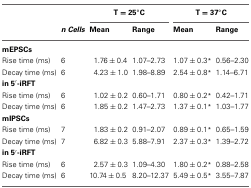
<table><thead><tr><td></td><td></td><td colspan="2"><b>T = 25°C</b></td><td colspan="2"><b>T = 37°C</b></td></tr><tr><td></td><td><b><i>n Cells</i></b></td><td><b>Mean</b></td><td><b>Range</b></td><td><b>Mean</b></td><td><b>Range</b></td></tr></thead><tbody><tr><td><b>mEPSCs</b></td><td></td><td></td><td></td><td></td><td></td></tr><tr><td>Rise time (ms)</td><td>6</td><td>1.76 ± 0.4</td><td>1.07–2.73</td><td>1.07 ± 0.3<sup>*</sup></td><td>0.56–2.30</td></tr><tr><td>Decay time (ms)</td><td>6</td><td>4.23 ± 1.0</td><td>1.98–8.89</td><td>2.54 ± 0.8<sup>*</sup></td><td>1.14–6.71</td></tr><tr><td><b>in 5′-iRFT</b></td><td></td><td></td><td></td><td></td><td></td></tr><tr><td>Rise time (ms)</td><td>6</td><td>1.02 ± 0.2</td><td>0.60–1.71</td><td>0.80 ± 0.2<sup>*</sup></td><td>0.42–1.71</td></tr><tr><td>Decay time (ms)</td><td>6</td><td>1.85 ± 0.2</td><td>1.47–2.73</td><td>1.37 ± 0.1<sup>*</sup></td><td>1.03–1.77</td></tr><tr><td><b>mIPSCs</b></td><td></td><td></td><td></td><td></td><td></td></tr><tr><td>Rise time (ms)</td><td>7</td><td>1.83 ± 0.2</td><td>0.91–2.07</td><td>0.89 ± 0.1<sup>*</sup></td><td>0.65–1.59</td></tr><tr><td>Decay time (ms)</td><td>7</td><td>6.82 ± 0.3</td><td>5.88–7.91</td><td>2.37 ± 0.3<sup>*</sup></td><td>1.39–2.72</td></tr><tr><td><b>in 5′-iRFT</b></td><td></td><td></td><td></td><td></td><td></td></tr><tr><td>Rise time (ms)</td><td>6</td><td>2.57 ± 0.3</td><td>1.09–4.30</td><td>1.80 ± 0.2<sup>*</sup></td><td>0.88–2.58</td></tr><tr><td>Decay time (ms)</td><td>6</td><td>10.74 ± 0.5</td><td>8.20–12.37</td><td>5.49 ± 0.5<sup>*</sup></td><td>3.55–7.87</td></tr></tbody></table>